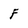
Character: F